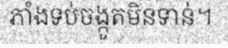
ភាំងទប់ចង្កូតមិនទាន់។